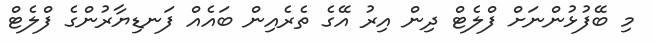
މި ބޭފުޅުންނަށް ފްލެޓް ދިން އިރު އޭގެ ތެރެއިން ބައެއް ފަނޑިޔާރުންގެ ފްލެޓް